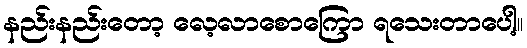
နည်းနည်းတော့ လေ့လာစောကြော ရသေးတာပေါ့။